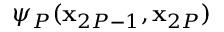
\psi _ { P } ( \mathbf { x } _ { 2 P - 1 } , \mathbf { x } _ { 2 P } )